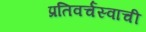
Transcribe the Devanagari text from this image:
प्रतिवर्चस्वाची